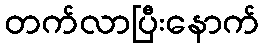
တက်လာပြီးနောက်